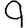
Digit: 9